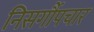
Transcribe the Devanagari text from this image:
निसर्गौपचार